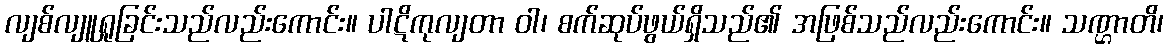
လျစ်လျူရှုခြင်းသည်လည်းကောင်း။ ပါဋိကုလျတာ ဝါ၊ စက်ဆုပ်ဖွယ်ရှိသည်၏ အဖြစ်သည်လည်းကောင်း။ သဏ္ဌာတိ၊